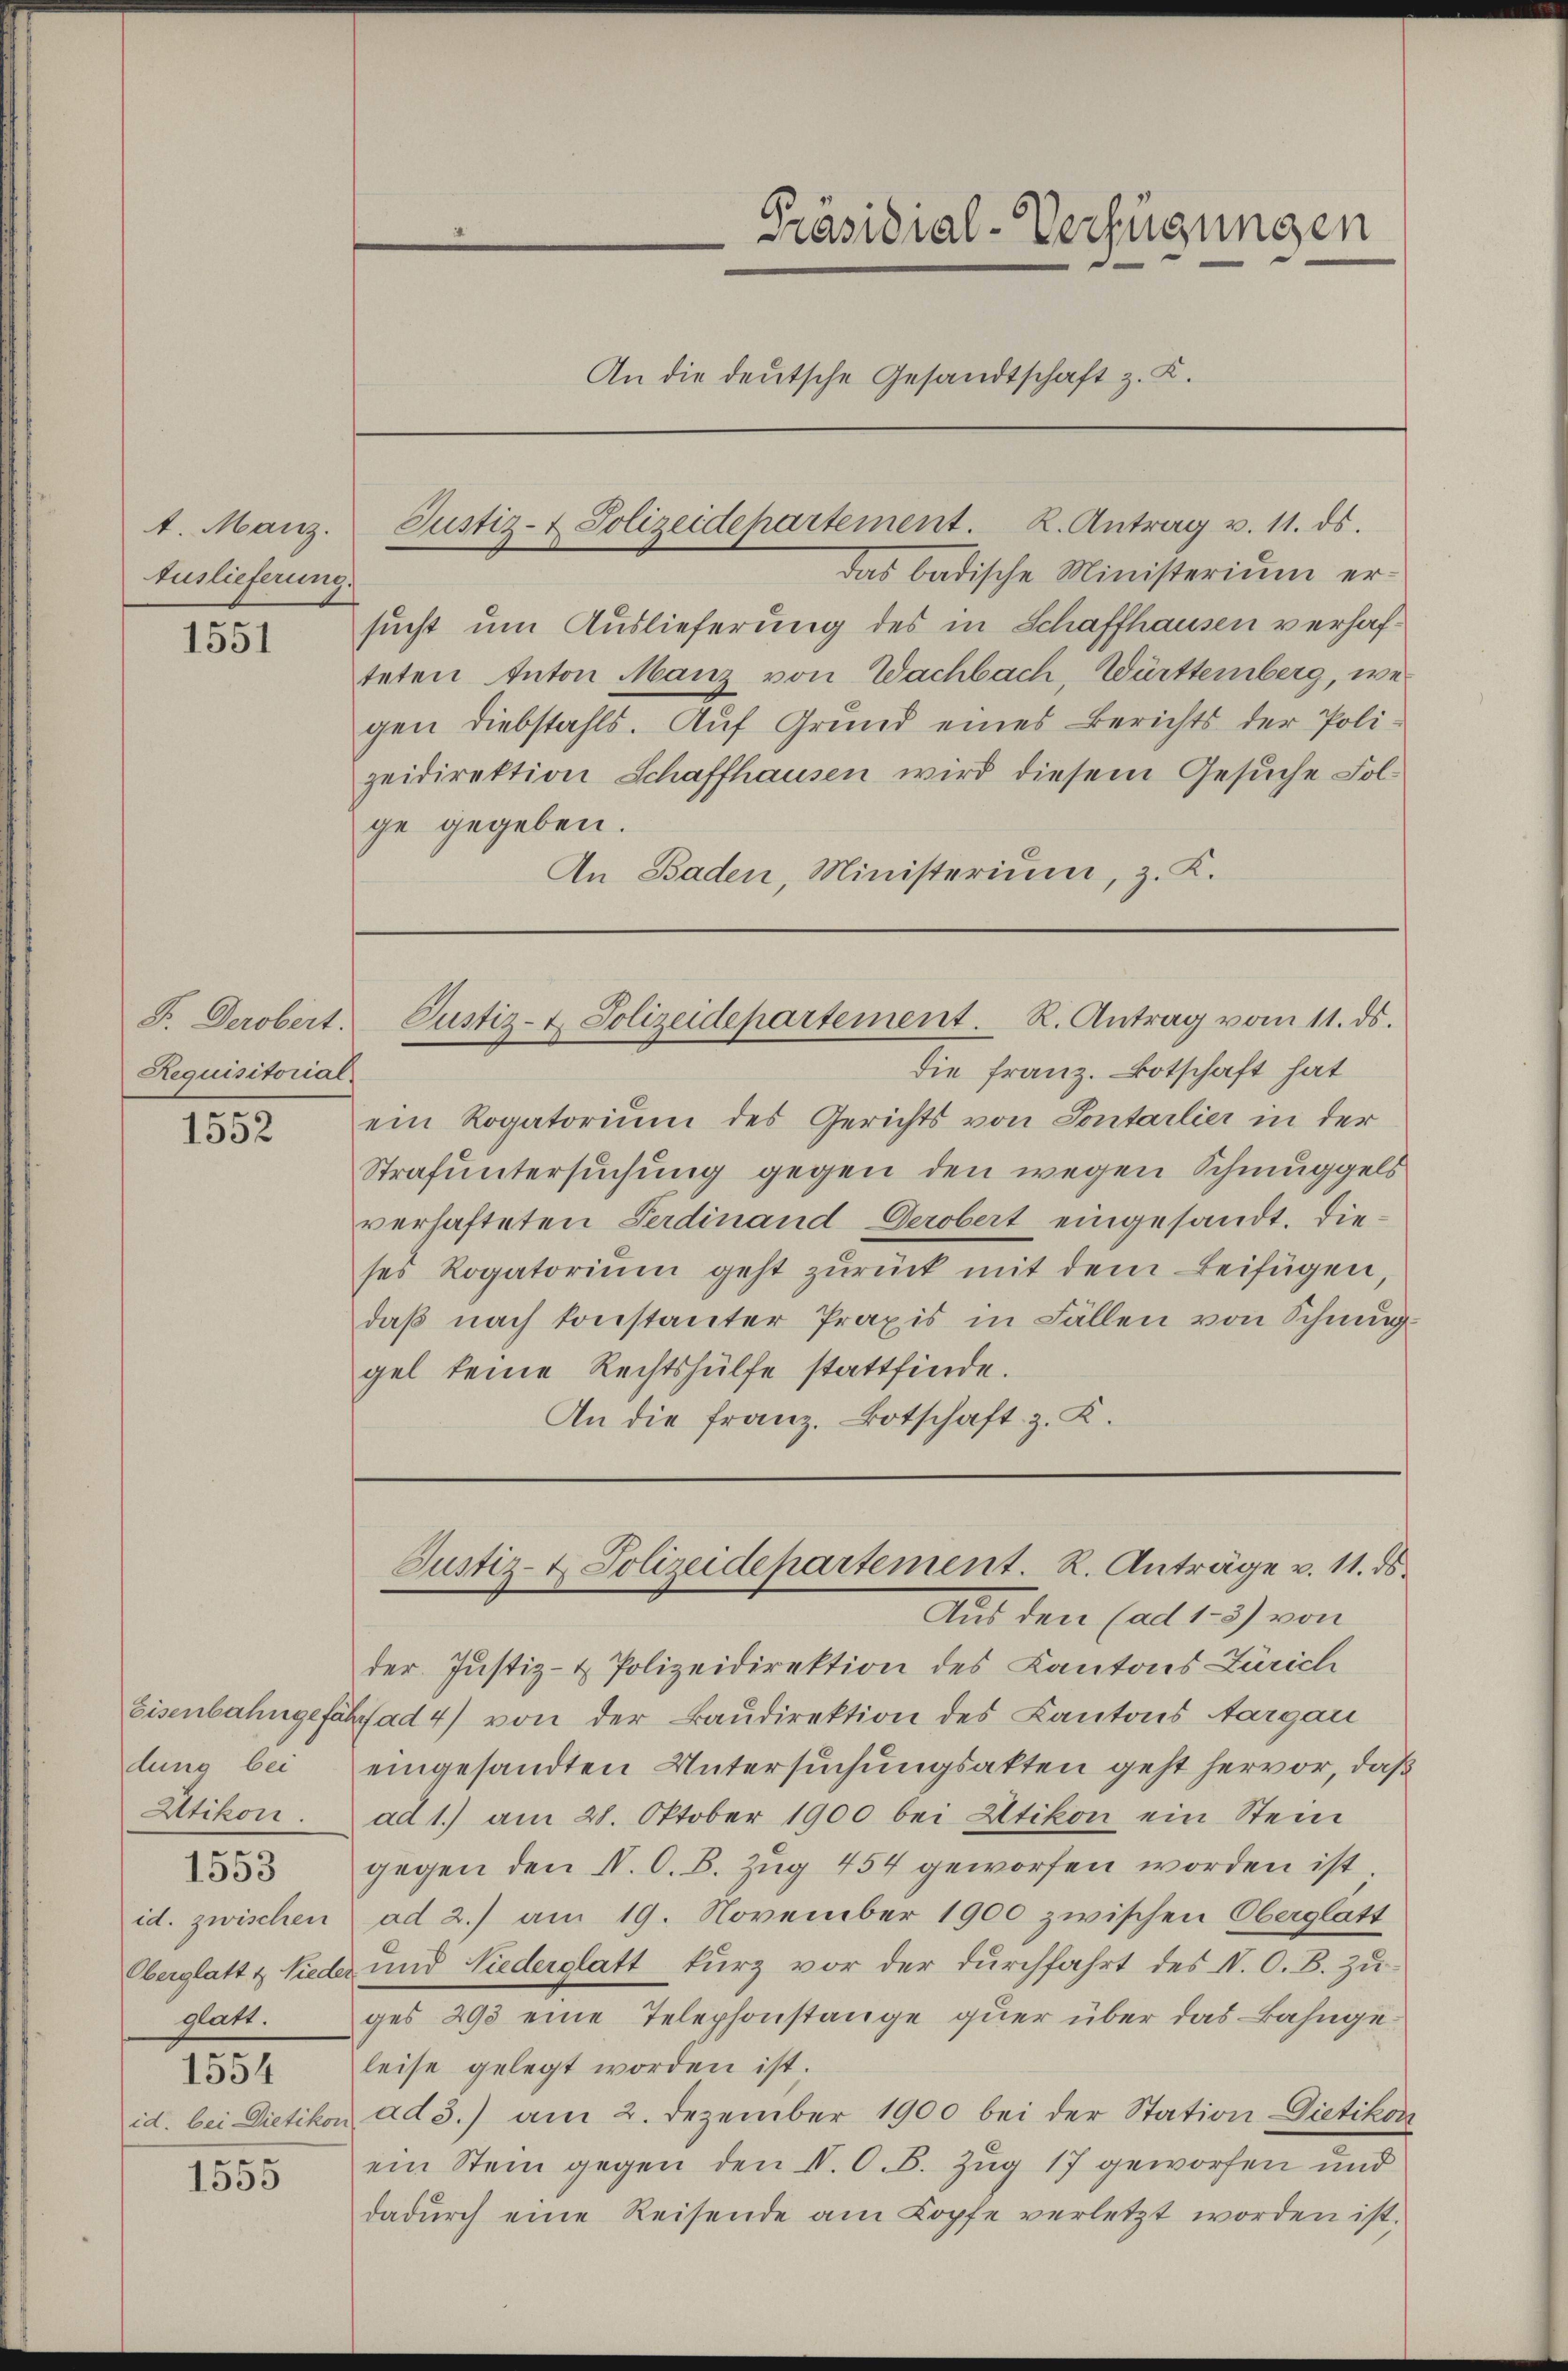
4. Manz.
Auslieferung.

1551

F. Derobert.
Requisitorial

1552

Utikon
glatt.
1554

1553

1555

Das badische Ministerium ersucht um Auslieferung des in Schaffhausen verhafteten Anton Manz von Wachbach, Württemberg, wegen diebstahls. Auf Grund eines Berichts der Poli-
zeidirektion Schaffhausen wird diesem Gesuche Folge gegeben.
An Baden, Ministerium, z. K.

Justiz- & Polizeidepartement. 2. Antrag v. 11. ds.

An die deutsche Gesandtschaft z. K.

Präsidial-Verfügungen

Justiz- & Polizeidepartement. R. Antrag vom 11. ds.

die Franz. Botschaft hat
ein Rogatorium des Gerichts von Sontarlier in der
Strafuntersuchung gegen den wegen Schmuggels
verhafteten Ferdinand Derobert eingesandt. Dieses Rogatoriŭm geht zŭrück mit dem Beifügen,
daß nach konstanter Praxis in Fällen von Schmuggel keine Rechtshülfe stattfinde.
An die Franz. Botschaft z. K.

Aus den (ad 1. 3) von
der Justiz- & Polizeidirektion des Kantons Zürich
Eisenbahngefährt ad 4) von der Baudirektion des Kantons Aargau
lung bei eingesandten Untersuchungsakten geht hervor, daß
ad 1.) am 28. Oktober 1900 bei Utikon ein Stein
gegen den N. O. B. Zug 454 geworfen worden ist
id. zwischen ad 2.) am 19. November 1900 zwischen Oberglatt
Oberglatt & Nieder und Niederglatt kurz vor der durchfahrt des V. O. B. Zuges 298 eine Telephonstange quer über das Bahngeleise gelegt worden ist.
id. bei Dietikon ad 3.) am 2. Dezember 1900 bei der Station Gietikon
ein Stein gegen den IV. O. B. Zug 17 geworfen und
dadŭrch eine Reisende am Kopfe verletzt worden ist.

Justiz- & Polizeidepartement. R. Anträge v. 11. ds.